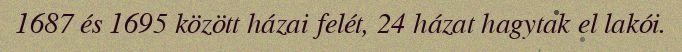
1687 és 1695 között házai felét, 24 házat hagytak el lakói.